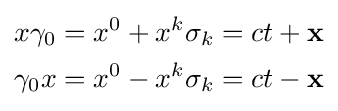
{\begin{aligned}x\gamma _{0}&=x^{0}+x^{k}\sigma _{k}=ct+\mathbf {x} \\\gamma _{0}x&=x^{0}-x^{k}\sigma _{k}=ct-\mathbf {x} \end{aligned}}